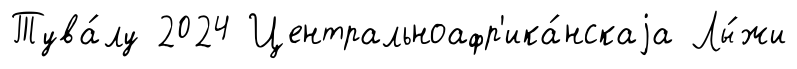
Тува́лу 2024 Центральноафр'ика́нскаjа Лы́жи